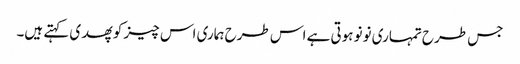
جس طرح تمہاری نونو ہوتی ہے اس طرح ہماری اس چیز کو پھدی کہتے ہیں۔